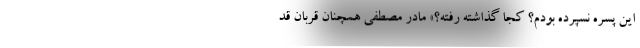
این پسره نسپرده بودم؟ کجا گذاشته رفته؟» مادر مصطفی همچنان قربان قد